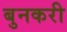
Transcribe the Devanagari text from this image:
बुनकरी